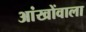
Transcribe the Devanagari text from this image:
आंखोंवाला